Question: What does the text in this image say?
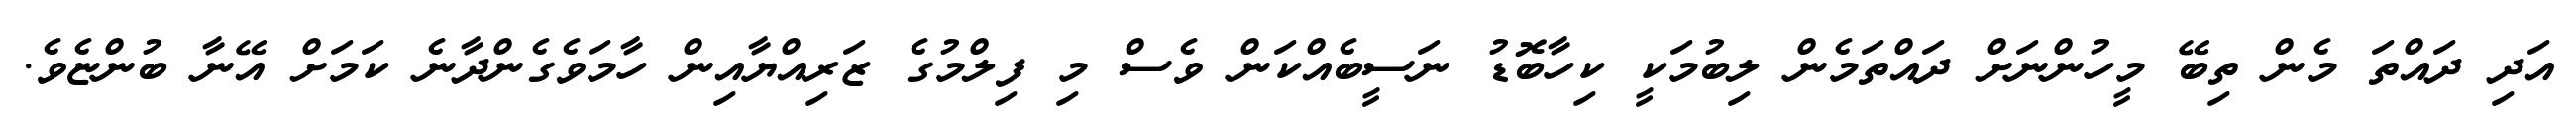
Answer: އަދި ދައްތަ މެން ތިބޭ މީހުންނަށް ދައްތަމެން ލިބުމަކީ ކިހާބޮޑު ނަސީބެއްކަން ވެސް މި ފިލްމުގެ ޒަރިއްޔާއިން ހާމަވެގެންދާނެ ކަމަށް އޭނާ ބުންޏެވެ.